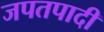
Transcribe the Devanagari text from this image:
जपतपादी